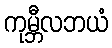
ကုမ္ဘီလဘယံ